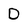
Character: D